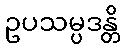
ဥပသမ္ပဒန္တိ